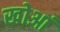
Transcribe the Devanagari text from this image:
खोआं